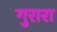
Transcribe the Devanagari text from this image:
गुरारा